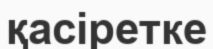
қасіретке